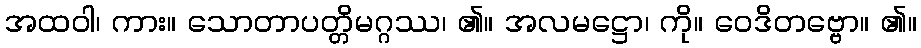
အထဝါ၊ ကား။ သောတာပတ္တိမဂ္ဂဿ၊ ၏။ အလမဋ္ဌော၊ ကို။ ဝေဒိတဗ္ဗော။ ၏။